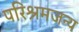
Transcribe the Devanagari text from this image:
परिश्रमजन्य